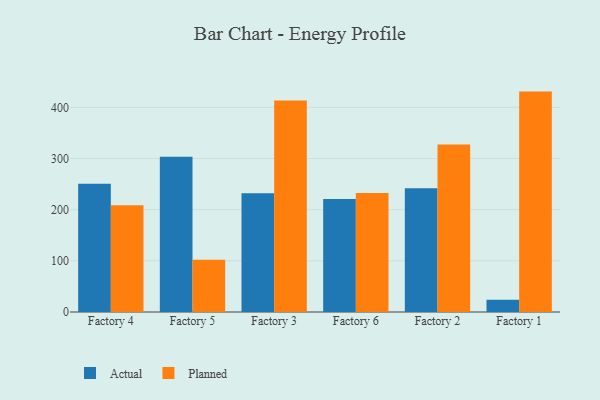
{"axis": {"x": "Factory", "y": "Satisfaction Score"}, "legend": ["Actual", "Planned"], "data": [{"x": "Factory 4", "y": 250.9, "type": "Actual"}, {"x": "Factory 4", "y": 208.7, "type": "Planned"}, {"x": "Factory 5", "y": 303.3, "type": "Actual"}, {"x": "Factory 5", "y": 102.0, "type": "Planned"}, {"x": "Factory 3", "y": 231.9, "type": "Actual"}, {"x": "Factory 3", "y": 413.4, "type": "Planned"}, {"x": "Factory 6", "y": 221.1, "type": "Actual"}, {"x": "Factory 6", "y": 232.8, "type": "Planned"}, {"x": "Factory 2", "y": 242.0, "type": "Actual"}, {"x": "Factory 2", "y": 327.3, "type": "Planned"}, {"x": "Factory 1", "y": 23.7, "type": "Actual"}, {"x": "Factory 1", "y": 430.8, "type": "Planned"}]}